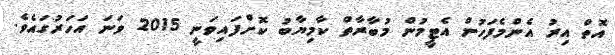
އޮތް އިރު އެންމެފަހުން އެޓީމުން މުބާރާތް ކާމިޔާބު ކޮށްފައިވަނީ 2015 ވަނަ އަހަރުގައެވެ.